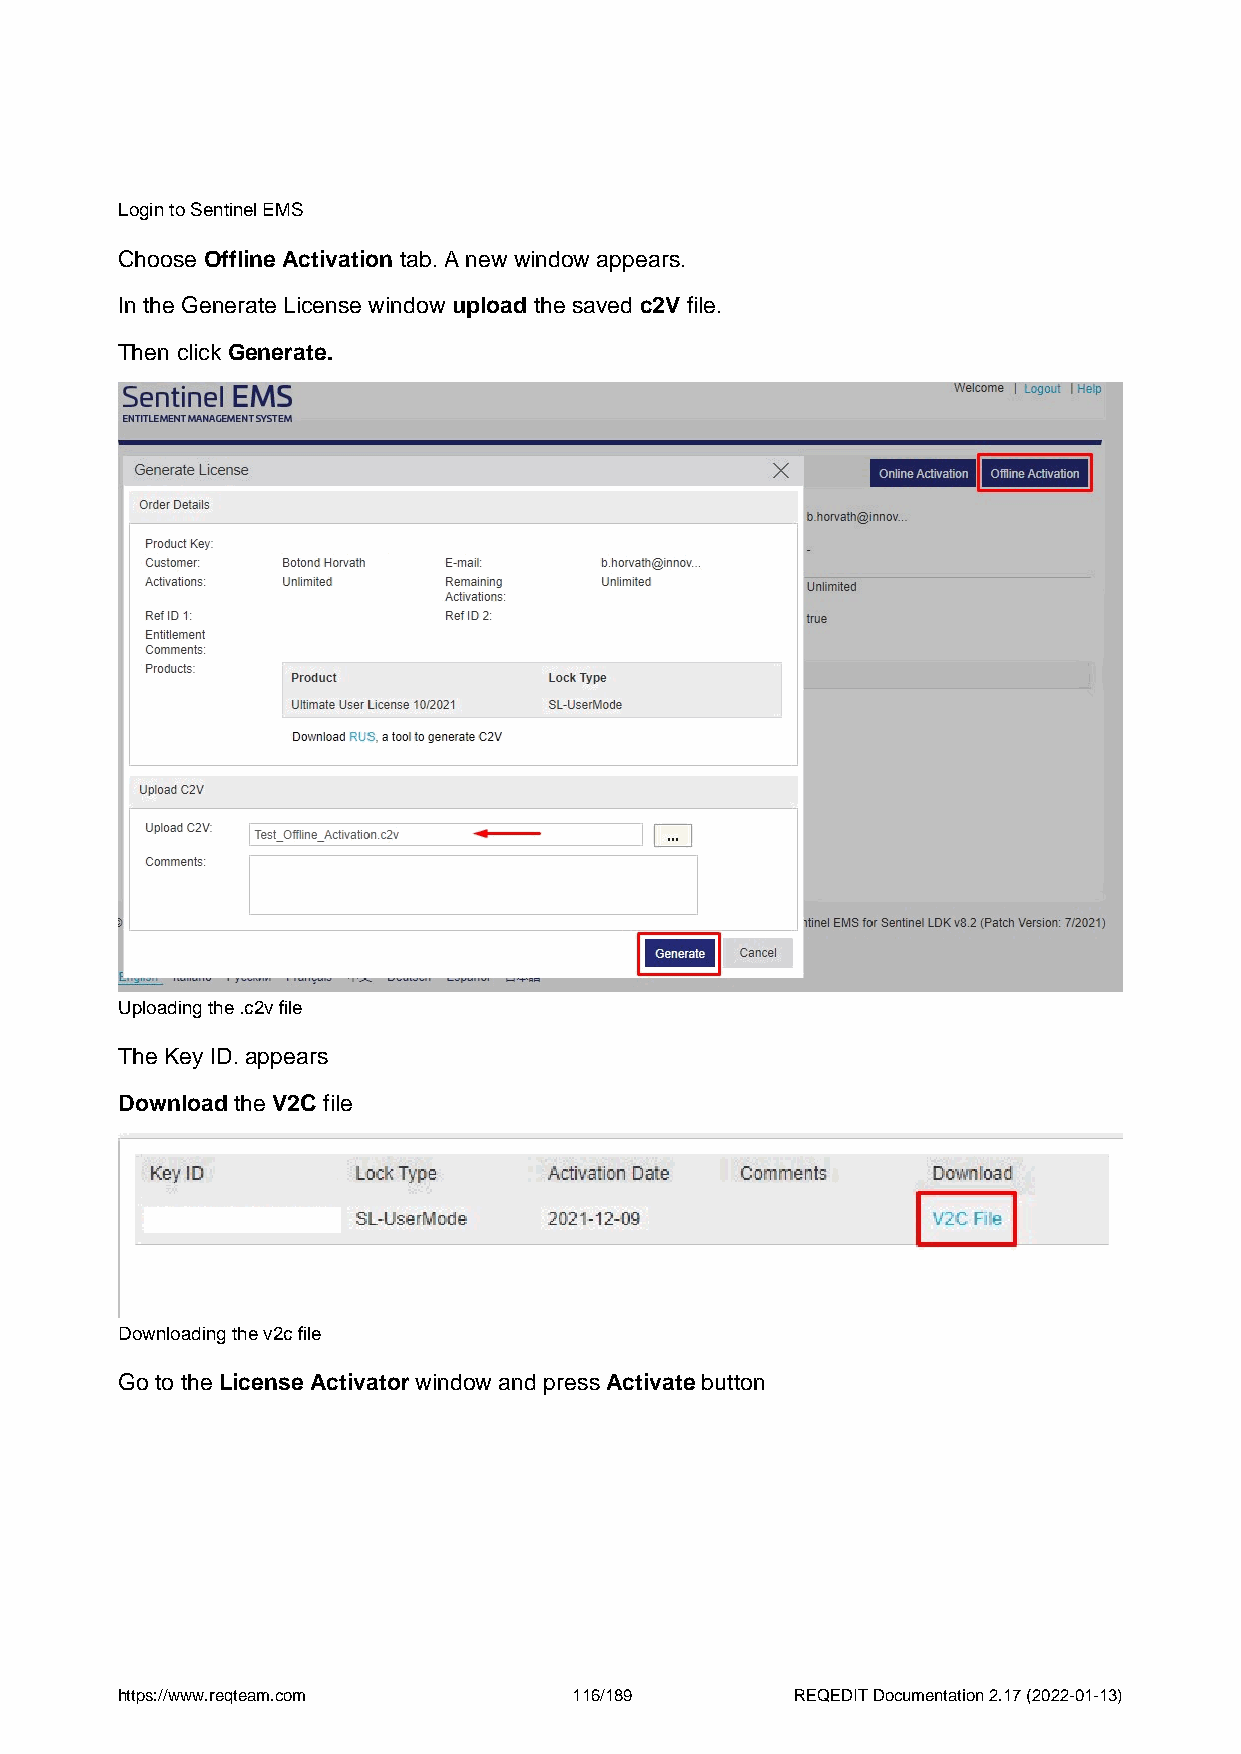
Login to Sentinel EMS
 Choose Offline Activation tab. A new window appears.
 In the Generate License window upload the saved c2V file.
 Then click Generate.
 Uploading the .c2v file
 The Key ID. appears
 Download the V2C file
 Downloading the v2c file
 Go to the License Activator window and press Activate button
 https://www.reqteam.com       116/189        REQEDIT Documentation 2.17 (2022-01-13)